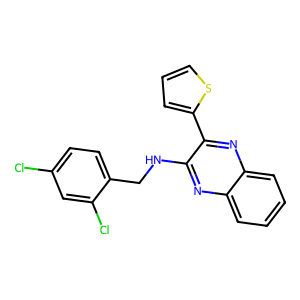
SMILES: Clc1ccc(CNc2nc3ccccc3nc2-c2cccs2)c(Cl)c1
Inhibits HIV replication: No